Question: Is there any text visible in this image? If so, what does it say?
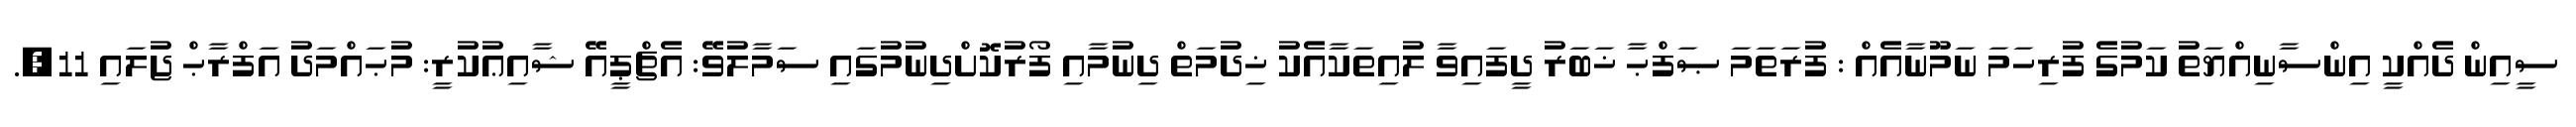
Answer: ސީއިން ދެއްކީ އިންސާނިއްޔަތު ކަމުގެ ފުރިހަމަ ނަމޫނާއެއް : ފުރަތަމަ ޞަފްޙާ ޚަބަރު ދީފައިވާ ލުއިތަކާއެކު ޚިދުމަތް ދިނުމާއި ފޯރުކޮށްދިނުމުގައި ސަމާލުވޭ: އެޗްޕީއޭ ޝާއިޢުކުރީ: މުޙައްމަދު އަފްރާޙް ޖުލައި 11,.